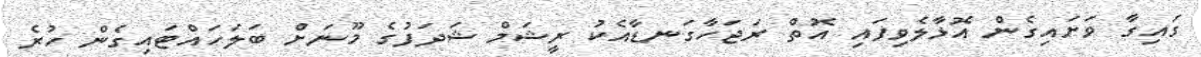
ގައިގާ ވަށައިގެން އޮޅާލެވިފައި އޮތް ރަޖަހާގަނޑާއެކު ރީޝަމް ޝަދަފުގެ މޫނަށް ބަލަހައްޓައިގެން ހުރެ